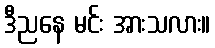
ဒီညနေ မင်း အားသလား။